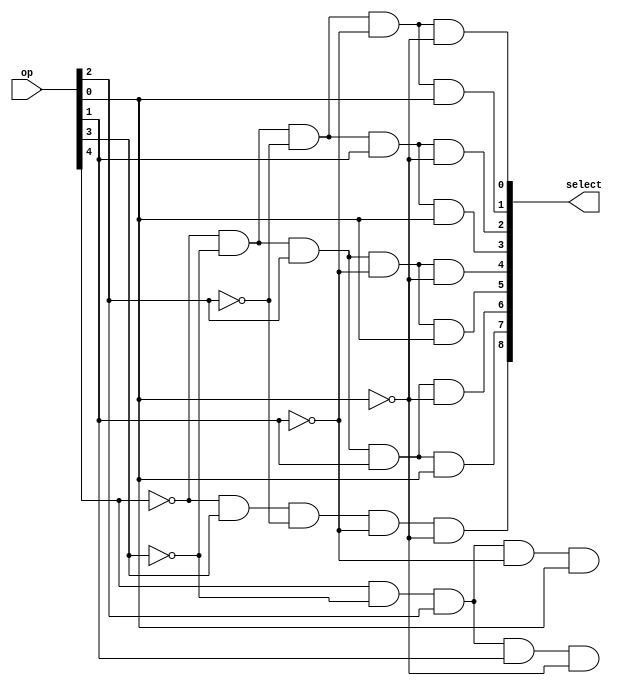
module opcodeDecoder(select, op);
	input [4:0] op;
	
	output [31:0] select; 
	
	and and0(select[0], ~op[4], ~op[3], ~op[2], ~op[1], ~op[0]); // R Type instruction, registers
	and and1(select[1], ~op[4], ~op[3], ~op[2], ~op[1], op[0]);  // Jump to T, JI Type
	and and2(select[2], ~op[4], ~op[3], ~op[2], op[1], ~op[0]);  // Branch Not Equal, I type
	and and3(select[3], ~op[4], ~op[3], ~op[2], op[1], op[0]);   // Jump and Link, JI Type
	and and4(select[4], ~op[4], ~op[3], op[2], ~op[1], ~op[0]);  // Jump Return, JII Type
	and and5(select[5], ~op[4], ~op[3], op[2], ~op[1], op[0]);   // Add immediate, I type
	and and6(select[6], ~op[4], ~op[3], op[2], op[1], ~op[0]);   // Branch Less Than, I type
	and and7(select[7], ~op[4], ~op[3], op[2], op[1], op[0]);    // Store Word, I type
	and and8(select[8], ~op[4], op[3], ~op[2], ~op[1], ~op[0]);  // Load word, I type
	
	and and21(select[21], op[4], ~op[3], op[2], ~op[1], op[0]);  // setx, JI Type
	and and22(select[22], op[4], ~op[3], op[2], op[1], ~op[0]);  // Bex, JI Type
	
endmodule